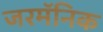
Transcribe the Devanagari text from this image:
जरमॅनिक